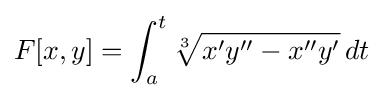
F[x,y]=\int _{a}^{t}{\sqrt[{3}]{x'y''-x''y'}}\,dt